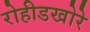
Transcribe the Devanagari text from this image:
रोहीडखोरे